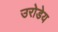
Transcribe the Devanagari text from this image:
उरोडेय